Kohila_vallavalitsus, lk 21
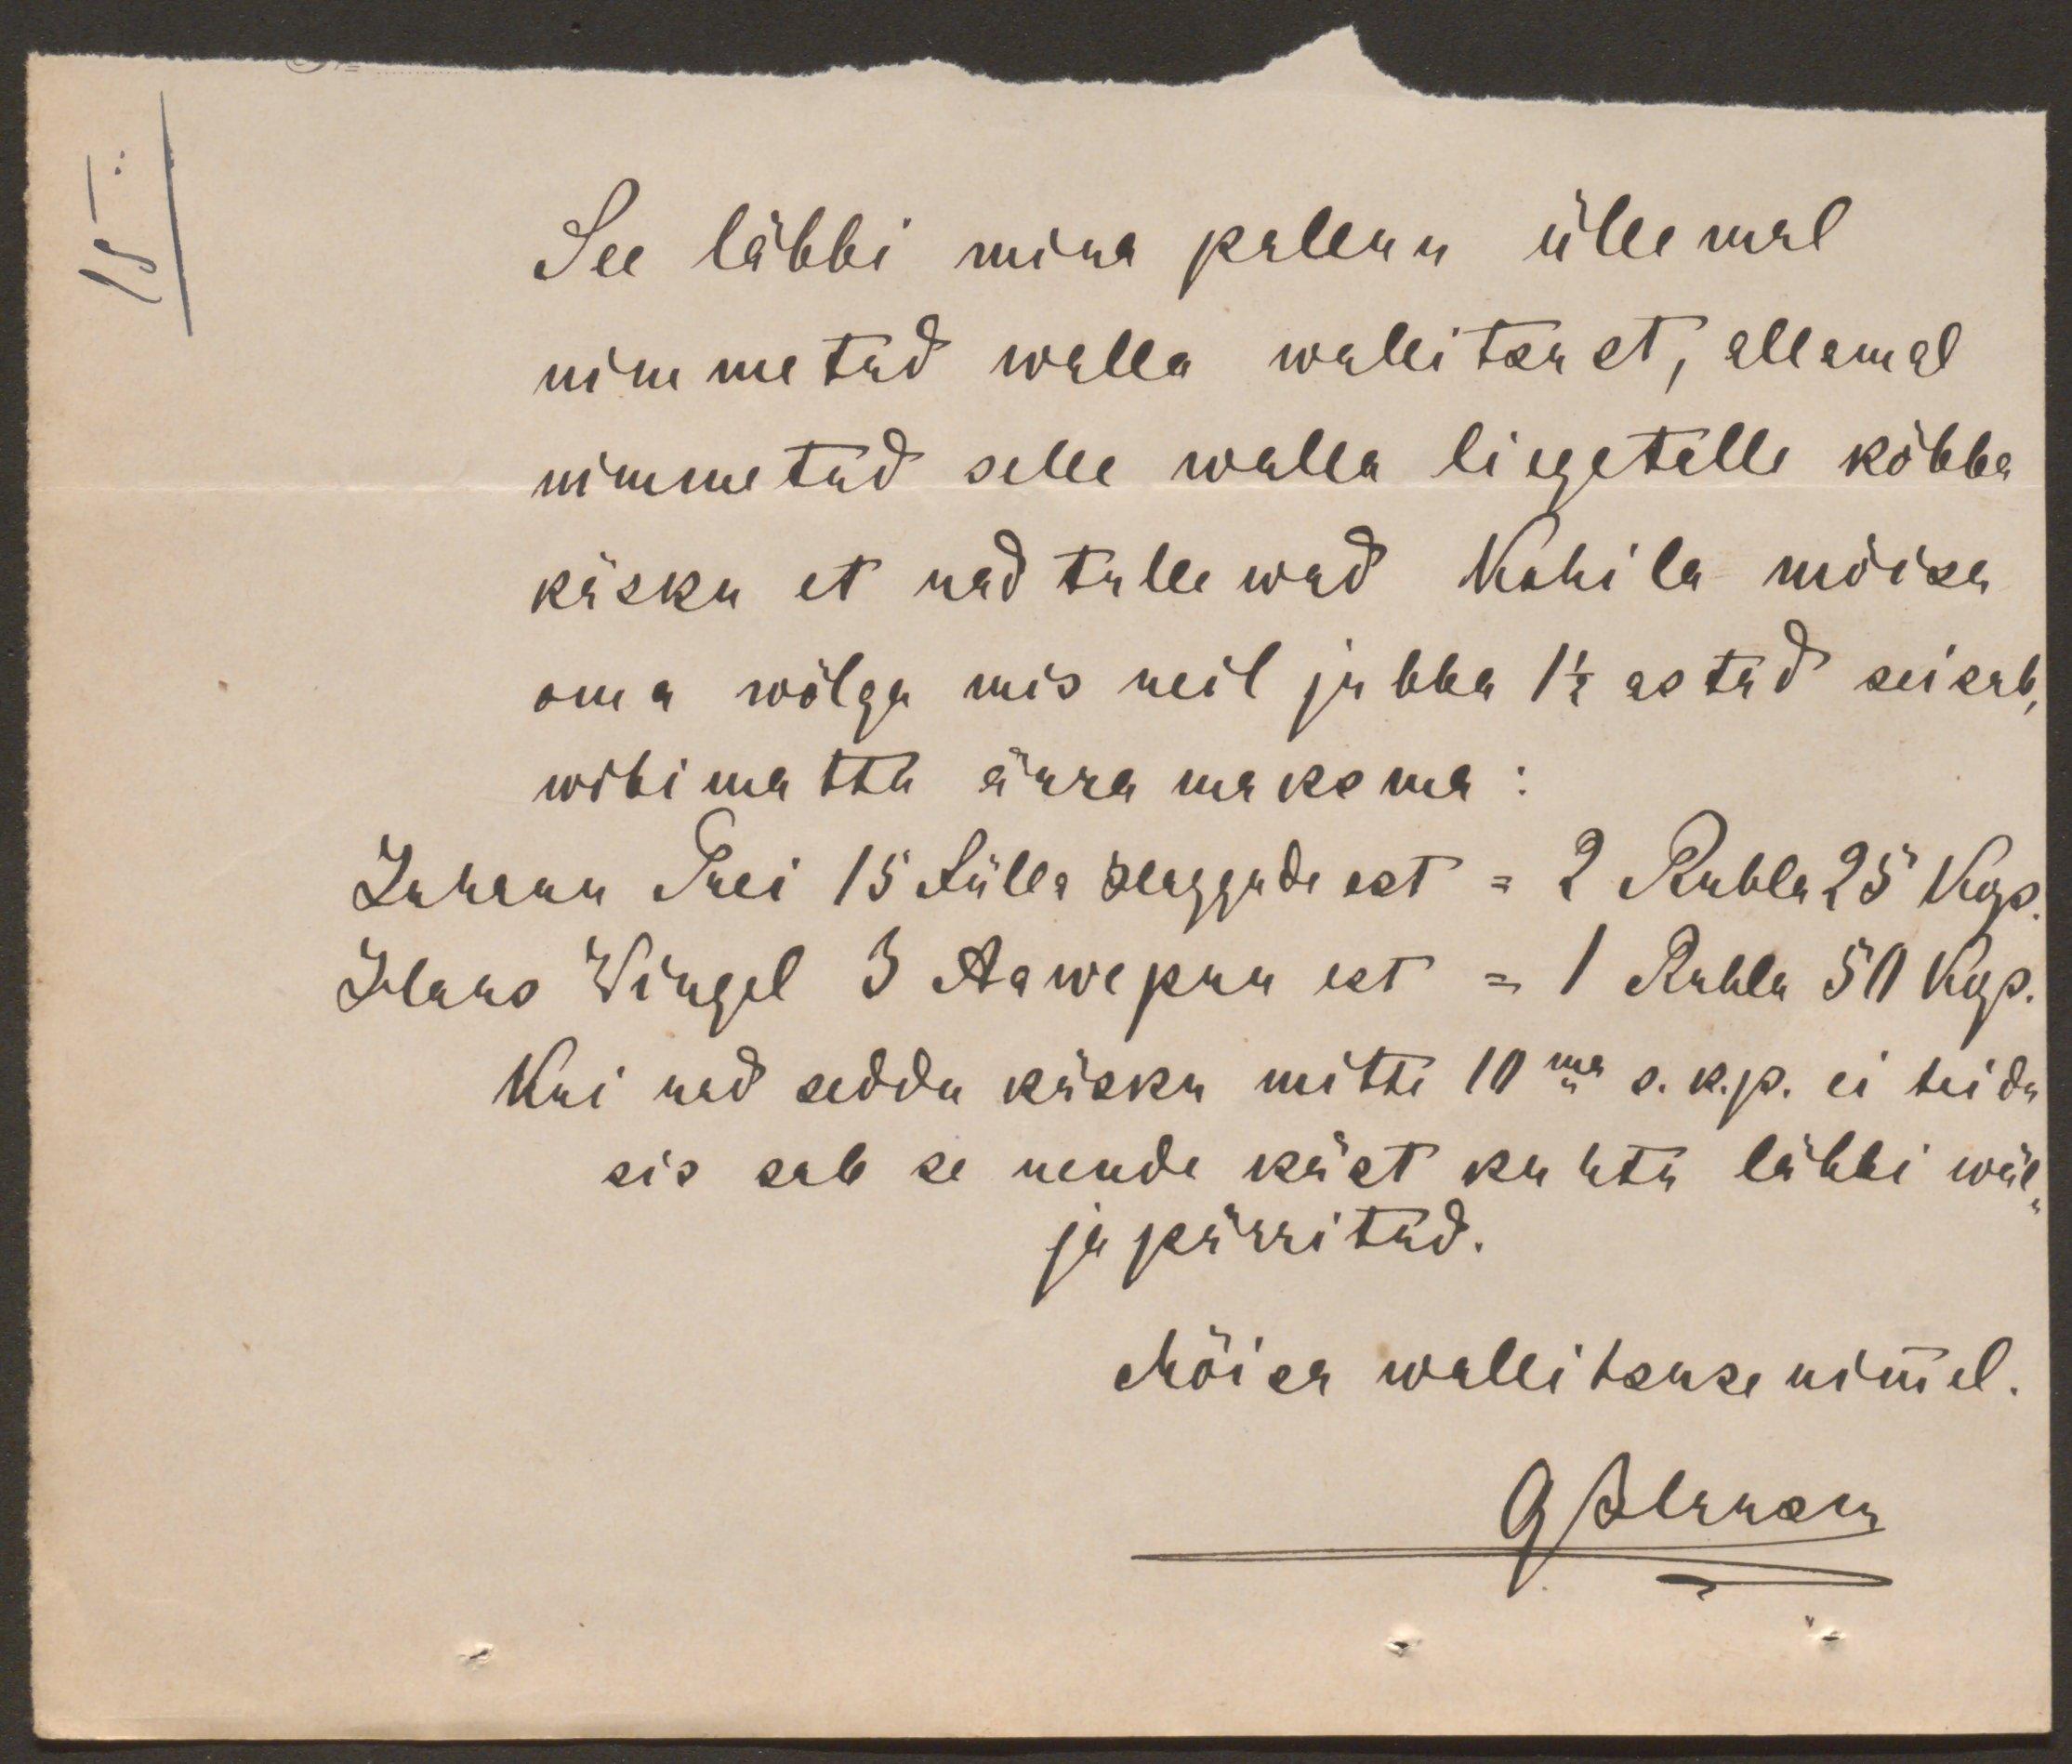
See läbbi mina pallun üllemal
nimmetud walla wallitsust, allamal
nimmetud selle walla liegetelle kõvva
käsku et nad tullewad Kohila mõisa
oma wõlga mis neil jubba 1 1/2 astad seisab
wibimatta ärra maksma:
Johann Trei 15 Sülla Haggude est = 2 Rubla 25 Kop
Hans Wingel 3 Aawepuu est = 1 Rubla 50 Kop.
Kui ned sedda käsku mitte 10ma s.k.p. ei teida
sis sab se nende käst kuhtu läbbi wäl
ja pärritud.
Mõisa wallitsuse nimmel.
Аолелольи